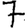
Digit: 7